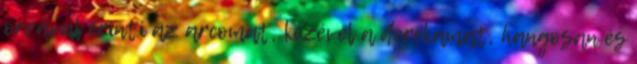
orrával érinti az arcomat, kezével a derekamat, hangosan és